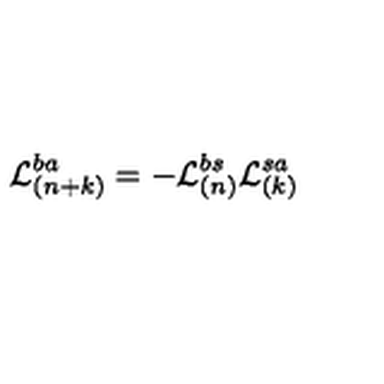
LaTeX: { \cal L } _ { ( n + k ) } ^ { b a } = - { \cal L } _ { ( n ) } ^ { b s } { \cal L } _ { ( k ) } ^ { s a }